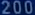
200